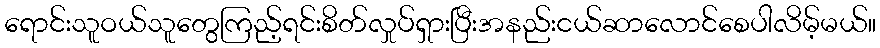
ရောင်းသူဝယ်သူတွေကြည့်ရင်းစိတ်လှုပ်ရှားပြီးအနည်းငယ်ဆာလောင်စေပါလိမ့်မယ်။